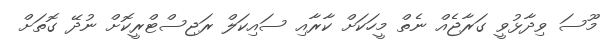
މޫސަ ވިދާޅުވީ ގަރާޖެއް ނެތް މީހަކަށް ކާރާއި ސައިކަލް ރަޖިސްޓްރީކޮށް ނުދޭ ގޮތަށް